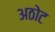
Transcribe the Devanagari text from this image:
अठोट